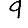
Digit: 9